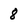
Character: 8